Annual administration report of the Civil Veterinary Department of India - 1899-1900
Year: 1899
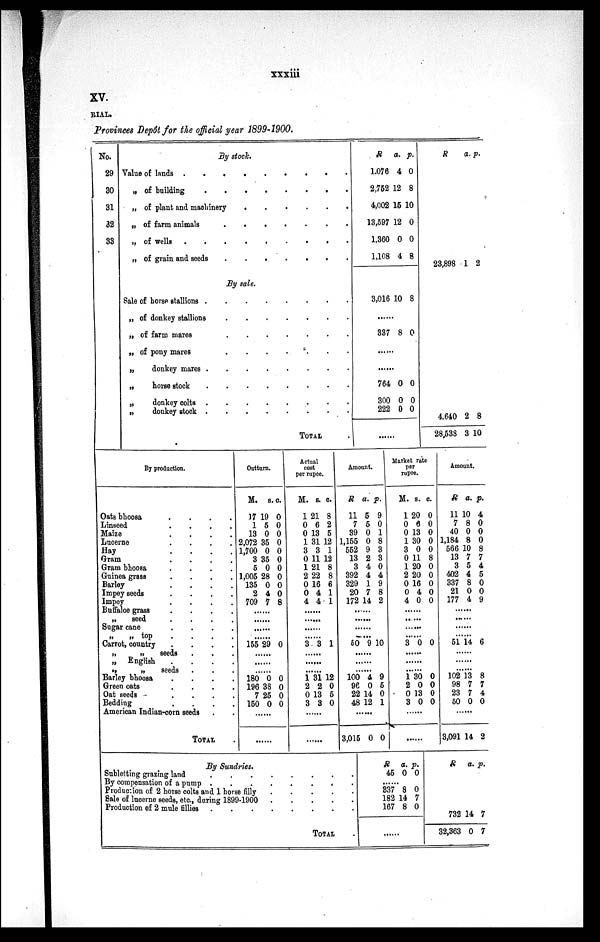
xxxiii
XV.
RIAL.
Provinces Depôt for the official year 1899-1900.
No.
29
30
31
32
33
By stock.
Value of lands. . . .
„ of building
.
.
.
.
.
.
.
.
.
„ of plant and machinery . . . . . . . . .
„ of farm animals . . . . . . . . .
„ of wells .
.
.
.
.
.
.
.
„ of grain and seeds . . . . . . . . .
By sale.
Sale of horse stallions
.
.
.
.
.
.
.
.
.
„ of donkey stallions
.
.
.
.
.
.
.
.
.
„ of farm mares
.
.
.
.
.
.
.
„ of pony mares
.
.
.
. .
.
„
donkey mares
.
.
.
.
.
.
.
.
.
„
horse stock
.
.
.
.
.
.
.
.
.
„
donkey colts
.
.
.
.
.
.
.
.
.
„
donkey stock
.
.
.
.
.
.
.
.
.
TOTAL
R
1,076
2,752
4,002
13,597
1,360
1,108
a.
4
12
15 1
12
0
4
p.
0
8
0
0
0
8
3,016 10 8
......
337 8 0
......
......
764
300
222
0
0
0
0
0
0
R
23,898
a.
1
p.
2
4.640
28,538
2
3
8
10
By production.
Oats bhoosa
.
.
.
.
Linseed
.
.
.
.
Maize
.
.
.
.
Lucerne
.
.
.
.
Hay . . . .
Gram
.
.
.
.
Gram bhoosa
.
.
.
.
Guinea grass . . . .
Barley . . . .
Impey seeds . . . .
Impey . . . .
Buffaloe grass
.
.
.
.
„
seed . . . .
Sugar cane . . . .
„ „ top . . . .
Carrot, country
. . . .
„
„
seeds . . .
„ English
.
.
.
.
„
„
seeds . . .
Barley bhoosa
. . . .
Green oats
. . . .
Oat seeds
. . . .
Bedding
. . . .
American Indian-corn seeds . .
TOTAL .
Outturn.
M.
17
1
13
2,072
1,700
3
5
1,005
135
2
709
s.
19
5
0
35
0
35
0
28
0
4
7
c.
0
0
0
0
0
0
0
0
0
0
8
......
......
......
......
155 29 0
......
......
......
180
196
7
150
0
38
25
0
0
0
0
0
......
......
Actual
cost
per rupee.
M.
1
0
0
1
3
0
1
2
0
0
4
s.
21
6
13
31
3
11
21
22
16
4
4
c.
8
2
5
12
1
12
8
8
6
1
1
......
......
......
......
3 3 1
......
......
......
1
2
0
3
31
2
13
3
12
0
5
0
......
......
Amount.
R
11
7
39
1,155
552
13
3
392
329
20
172
a.
5
5
0
0
9
2
4
4
1
7
14
p.
9
0
1
8
3
3
0
4
9
8
2
......
......
......
......
50 9 10
......
......
......
100
96
22
48
4
0
14
12
9
5
0
1
......
3,015 0 0
Market rate
per
rupee.
M.
1
0
0
1
3
0
1
2
0
0
4
s.
20
6
13
30
0
11
20
20
16
4
0
c.
0
0
0
0
0
8
0
0
0
0
0
......
......
......
......
3 0 0
......
......
......
1
2
0
3
30
0
13
0
0
0
0
0
......
......
Amount.
R
11
7
40
1,184
566
13
3
402
337
21
177
a.
10
8
0
8
10
7
5
4
8
0
4
p.
4
0
0
0
8
7
4
5
0
0
9
......
......
......
51 14 6
......
......
......
102
98
23
50
13
7
7
0
8
7
4
0
......
3,091 14 2
By Sundries.
Subletting grazing land
.
.
.
.
.
.
.
.
By compensation of a pump
.
.
.
.
.
.
.
.
Production of 2 horse colts and 1 horse filly . . . . . . . .
Sale of lucerne seeds, etc., during 1899-1900 . . . . . . . .
Production of 2 mule
fillies
.
.
.
.
.
.
.
.
TOTAL .
R
45
a.
0
p.
0
......
337
182
167
8
14
8
0
7
0
......
R
732
32,363
a.
14
0
p.
7
7